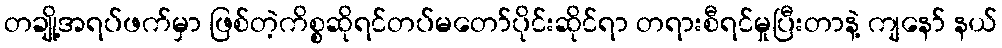
တချို့အရပ်ဖက်မှာ ဖြစ်တဲ့ကိစ္စဆိုရင်တပ်မတော်ပိုင်းဆိုင်ရာ တရားစီရင်မှုပြီးတာနဲ့ ကျနော် နယ်